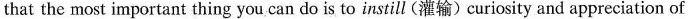
that the most important thing you can do is to instill (灌输)curiosity and appreciation of